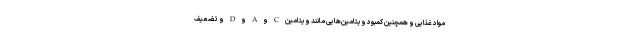
مواد غذایی و همچنین کمبود ویتامین‌هایی مانند ویتامین C و A و D و تضعیف